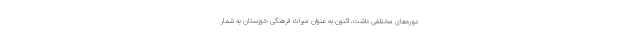
دوره‌های مختلفی داشت، اکنون به عنوانِ میراث فرهنگیِ خوزستان به شمار